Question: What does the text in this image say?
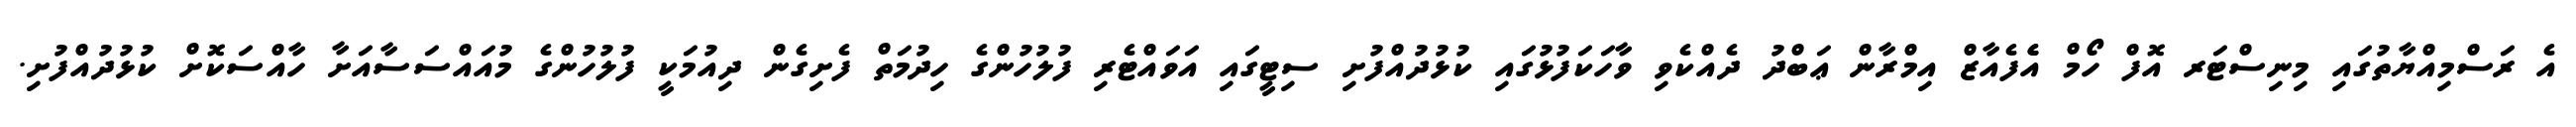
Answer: އެ ރަސްމިއްޔާތުގައި މިނިސްޓަރ އޮފް ހޯމް އެެފެއާޒް އިމްރާން ޢަބްދު ދެއްކެވި ވާހަކަފުޅުގައި ކުޅުދުއްފުށި ސިޓީގައި އަވައްޓެރި ފުލުހުންގެ ހިދުމަތް ފެށިގެން ދިއުމަކީ ފުލުހުންގެ މުއައްސަސާއަށާ ހާއްސަކޮށް ކުޅުދުއްފުށި.